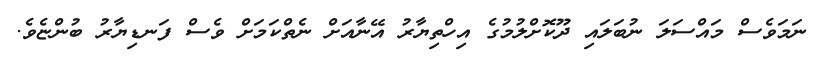
ނަމަވެސް މައްސަލަ ނުބަލައި ދޫކޮށްލުމުގެ އިހްތިޔާރު އޭނާއަށް ނެތްކަމަށް ވެސް ފަނޑިޔާރު ބުންޏެވެ.